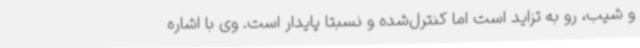
و شیب، رو به تزاید است اما کنترل‌شده و نسبتا پایدار است. وی با اشاره